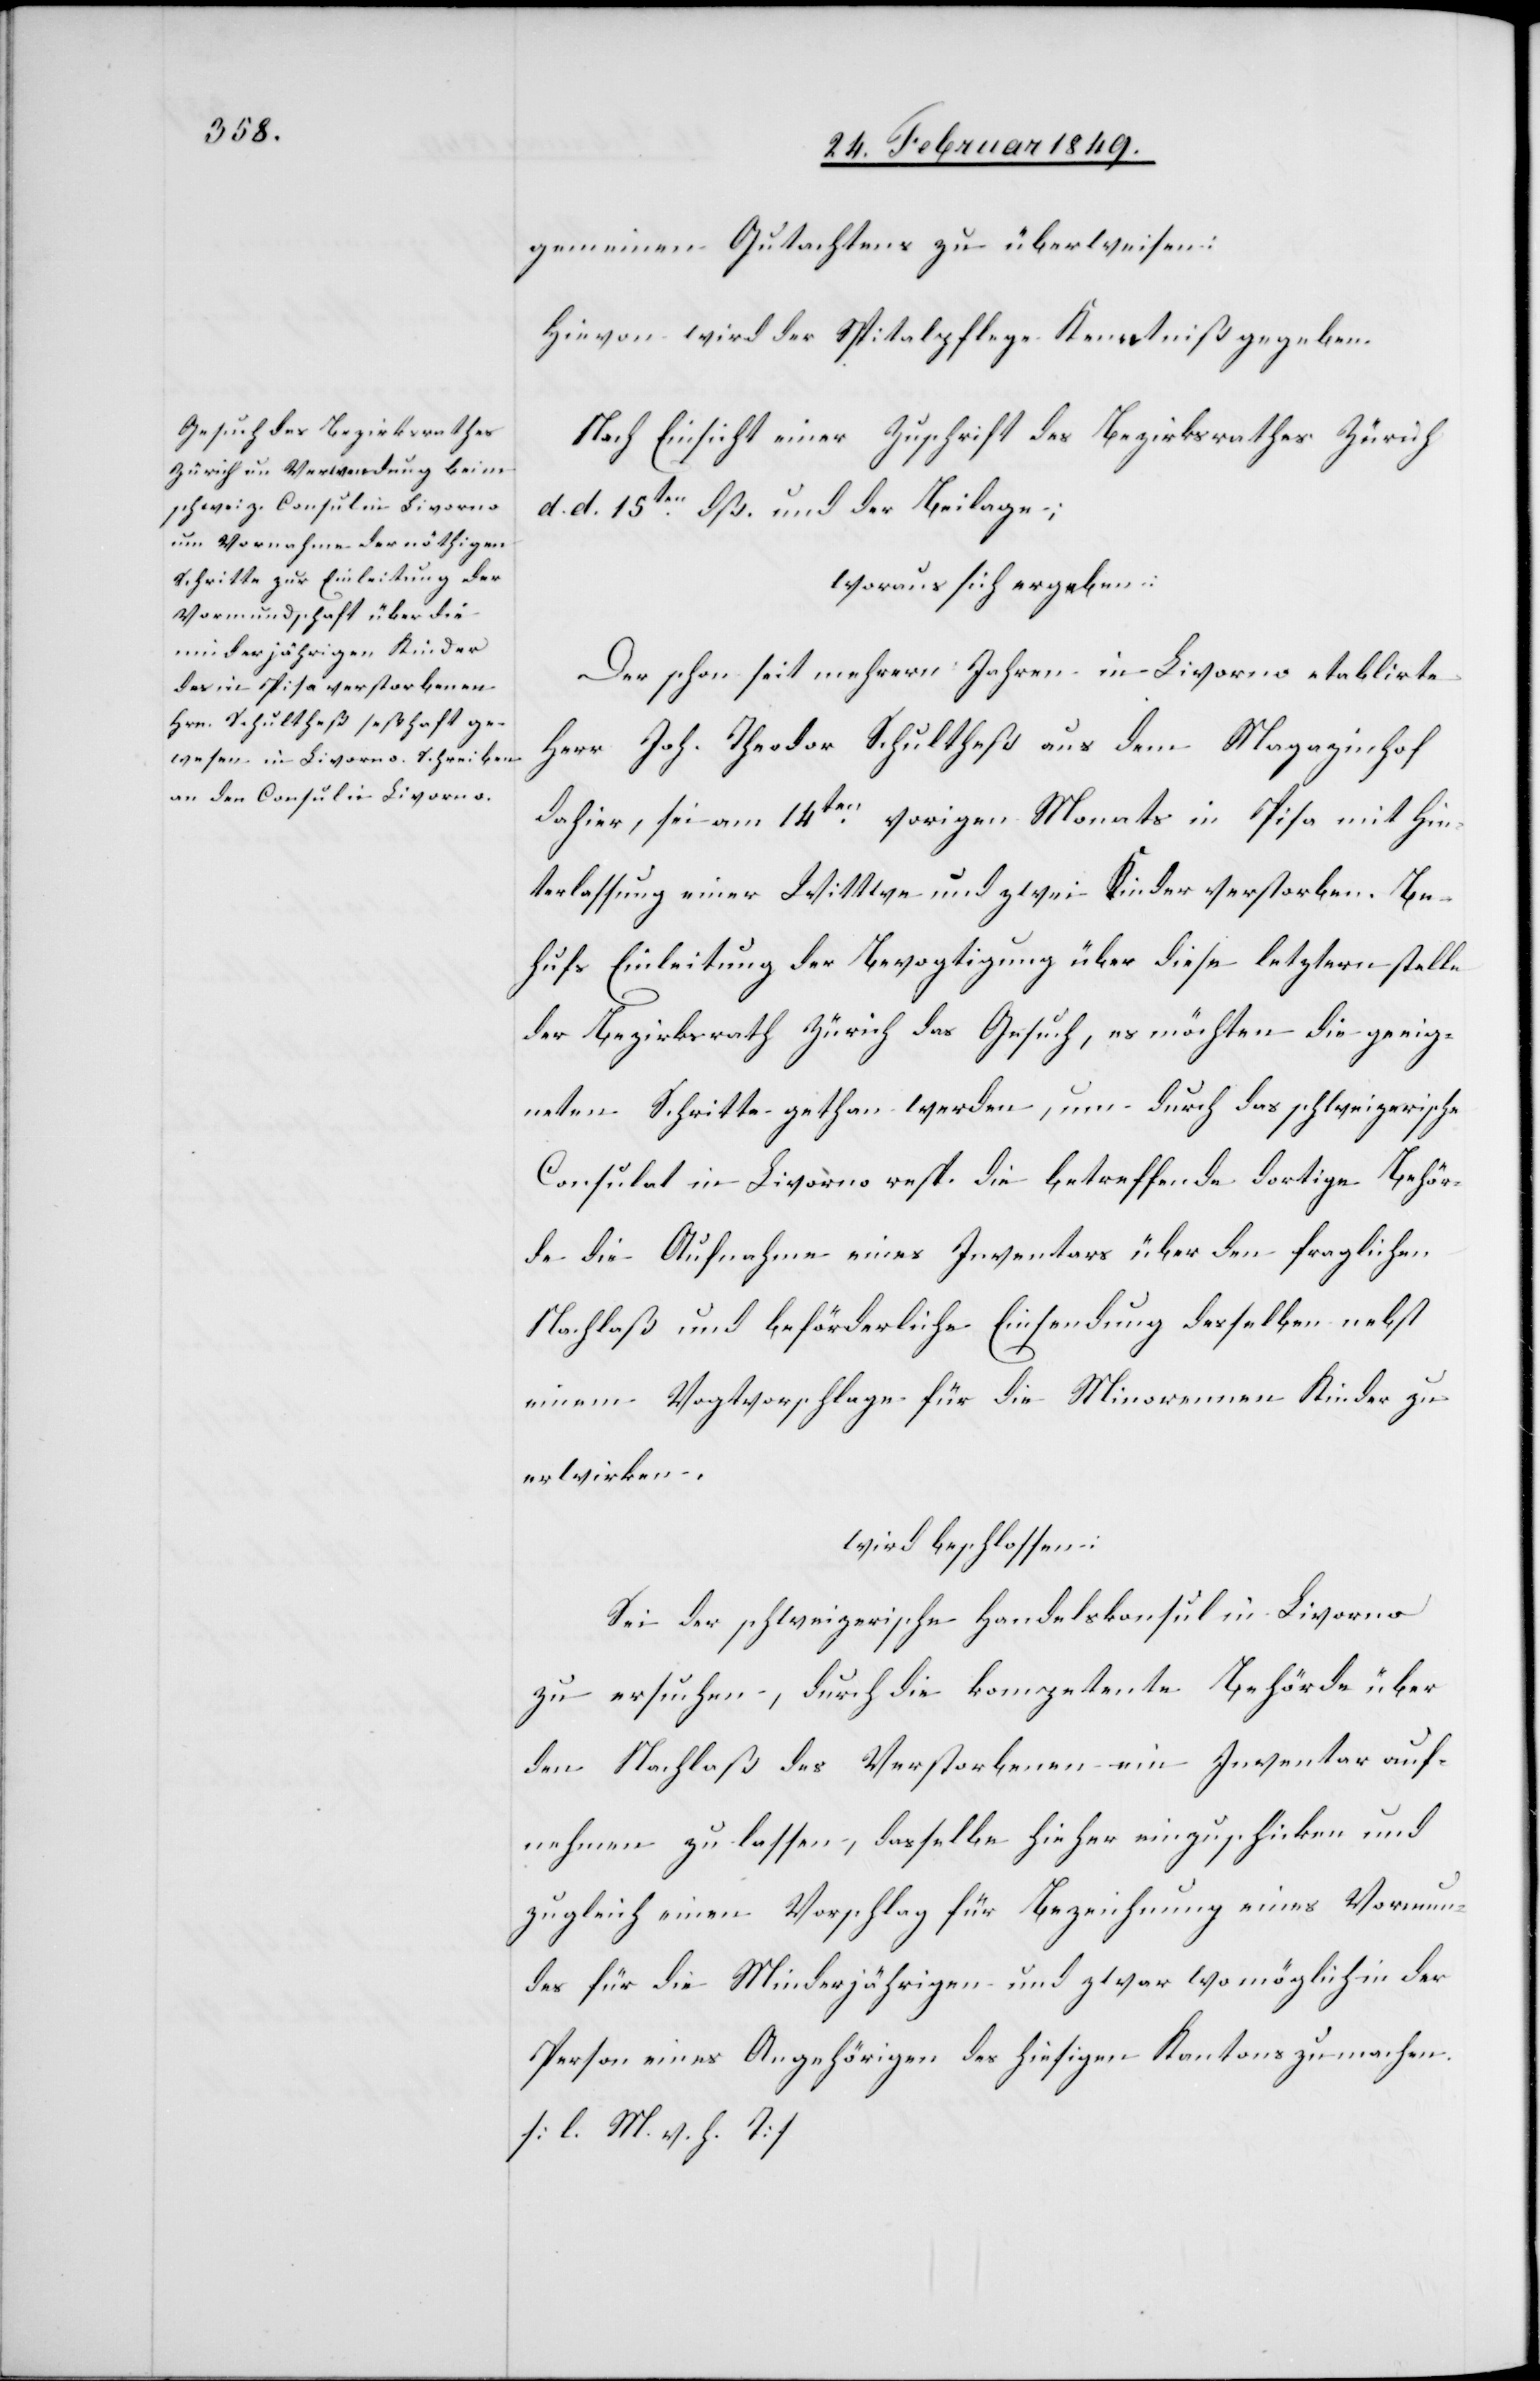
gemeinen Gutachtens zu überweisen:
Hievon wird der Spitalpflege Kenntniß gegeben.
Nach Einsicht einer Zuschrift des Bezirksrathes Zürich
d. d. 15ten. dß. und der Beilage;
woraus sich ergeben:
Der schon seit mehrern Jahren in Livorno etablirte
Herr Joh. Theodor Schultheß aus dem Magazinhof
dahier, sei am 14ten. vorigen Monats in Pisa mit Hin¬
terlassung einer Wittwe und zwei Kinder verstorben. Be¬
hufs Einleitung der Bevogtigung über diese letztern stelle
der Bezirksrath Zürich das Gesuch, es möchten die geeig¬
neten Schritte gethan werden, um durch das schweizerische
Consulat in Livorno resp. die betreffende dortige Behör¬
de die Aufnahme eines Inventars über den fraglichen
Nachlaß und beförderliche Einsendung desselben nebst
einem Vogtvorschlage für die Minorennen Kinder zu
erwirken.
wird beschlossen:
Sei der schweizerische Handelskonsul in Livorno
zu ersuchen, durch die kompetent Behörde über
den Nachlaß des Verstorbenen ein Inventar auf¬
nehmen zu lassen, dasselbe hieher einzuschicken und
zugleich einen Vorschlag für Bezeichnung eines Vormun¬
des für die Minderjährigen und zwar womöglich in der
Person eines Angehörigen des hiesigen Kantons zu machen.
[l. M. v. h. T]